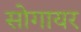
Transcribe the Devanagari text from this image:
सोगायर